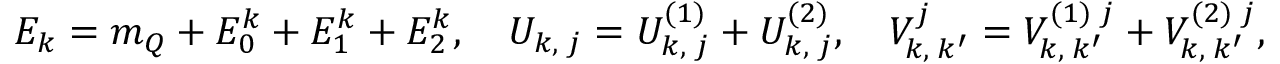
E _ { k } = m _ { Q } + E _ { 0 } ^ { k } + E _ { 1 } ^ { k } + E _ { 2 } ^ { k } , \quad U _ { k , \; j } = U _ { k , \; j } ^ { ( 1 ) } + U _ { k , \; j } ^ { ( 2 ) } , \quad V _ { k , \; k ^ { \prime } } ^ { j } = V _ { k , \; k ^ { \prime } } ^ { ( 1 ) \; j } + V _ { k , \; k ^ { \prime } } ^ { ( 2 ) \; j } ,